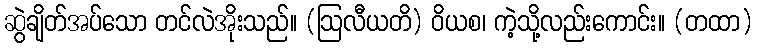
ဆွဲချိတ်အပ်သော တင်လဲအိုးသည်။ (ဩလီယတိ) ဝိယစ၊ ကဲ့သို့လည်းကောင်း။ (တထာ)